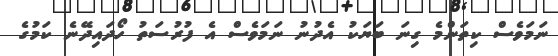
ނަމަވެސް ކިތަންމެ ގިނަ ބަޔަކު އެދުނު ނަމަވެސް އެ ފުރުސަތު ހޯދައިދޭނެ ކަމުގެ